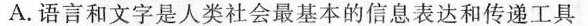
A. 语言和文字是人类社会最基本的信息表达和传递工具